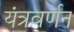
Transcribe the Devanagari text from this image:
यंत्रवर्णन